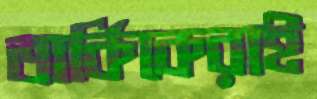
তার্কিকেরাই